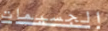
الجسيمات